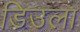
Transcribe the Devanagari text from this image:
डिउला